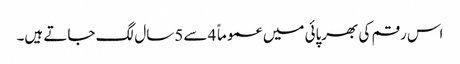
اس رقم کی بھرپائی میں عموماً 4سے 5سال لگ جاتے ہیں۔